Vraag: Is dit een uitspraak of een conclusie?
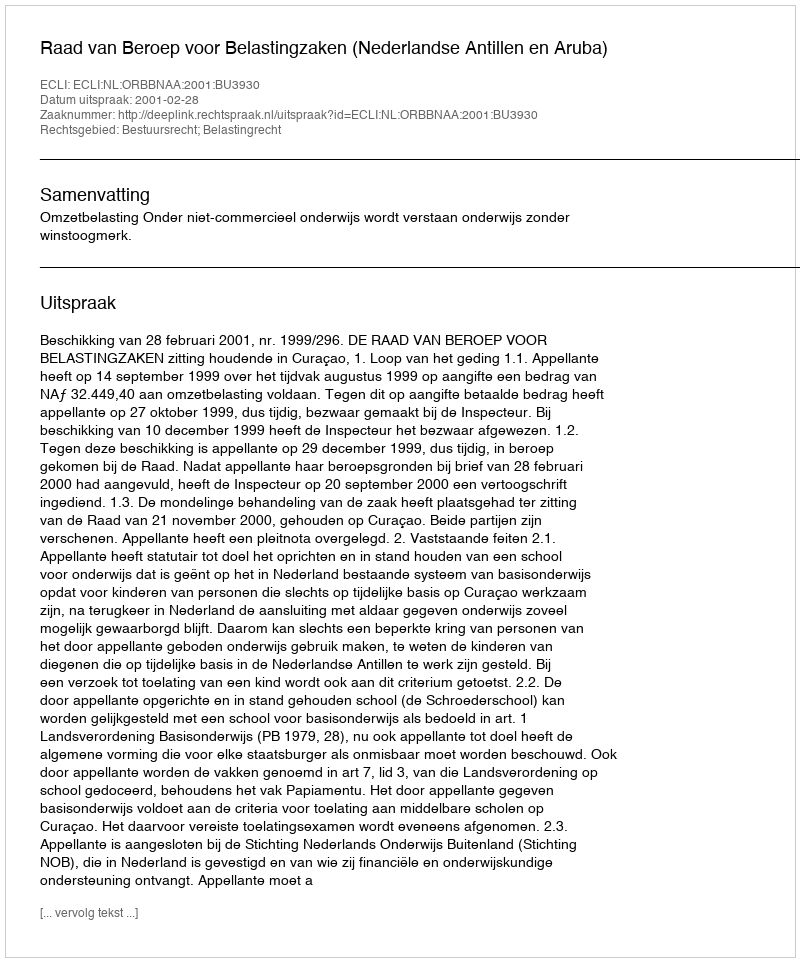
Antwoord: Uitspraak